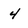
Character: 4